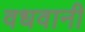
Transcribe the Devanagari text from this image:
वधवानी